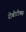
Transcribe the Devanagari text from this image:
रोबोटीक्स